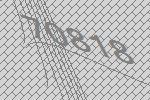
70818